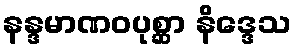
နန္ဒမာဏဝပုစ္ဆာ နိဒ္ဒေသ